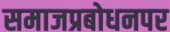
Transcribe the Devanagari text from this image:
समाजप्रबोधनपर